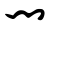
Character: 闄